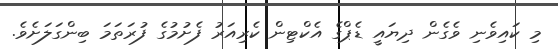
މި ކައިވެނި ވެގެން ދިޔައީ ޑެޕްގެ އެކްޓިން ކެރިއަރު ފެށުމުގެ ފުރަތަމަ ބިންގަލަށެވެ.